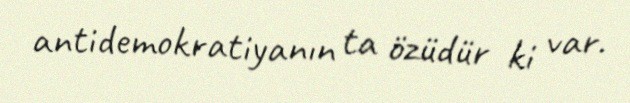
antidemokratiyanın ta özüdür ki var.